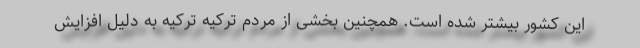
این کشور بیشتر شده است. همچنین بخشی از مردم ترکیه ترکیه به دلیل افزایش